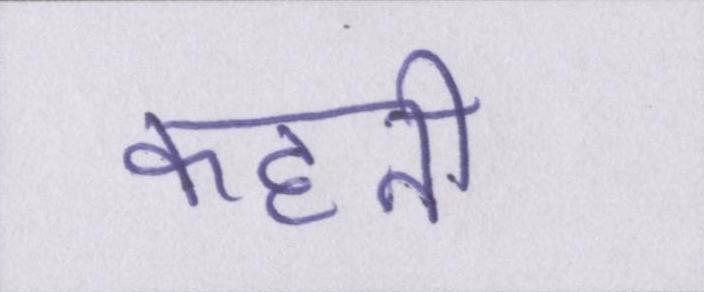
कहनी